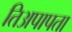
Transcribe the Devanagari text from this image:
तिअपापता